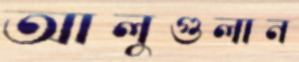
আলুগুলান